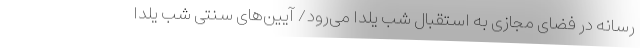
رسانه در فضای مجازی به استقبال شب یلدا می‌رود/ آیین‌های سنتی شب یلدا